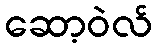
ဆော့ဝဲလ်